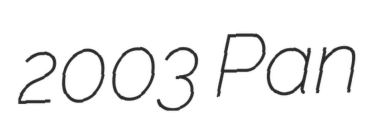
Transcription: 2003 Pan